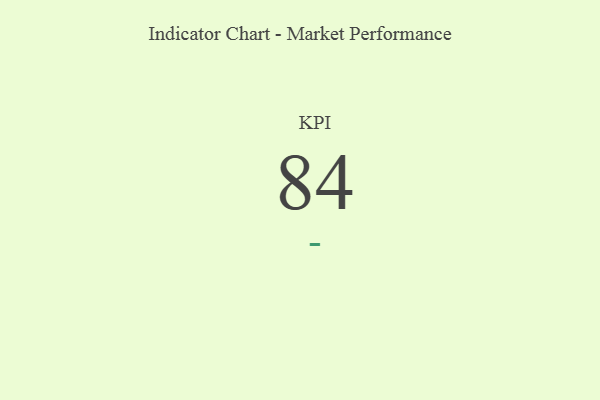
{"axis": {"x": "KPI", "y": "Value"}, "legend": [""], "data": [{"x": "KPI", "y": 84, "type": ""}]}